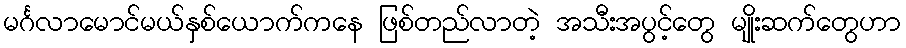
မင်္ဂလာမောင်မယ်နှစ်ယောက်ကနေ ဖြစ်တည်လာတဲ့ အသီးအပွင့်တွေ မျိုးဆက်တွေဟာ